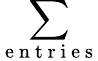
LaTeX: \displaystyle{\sum_{\mathrm{~e~n~t~r~i~e~s~}}}